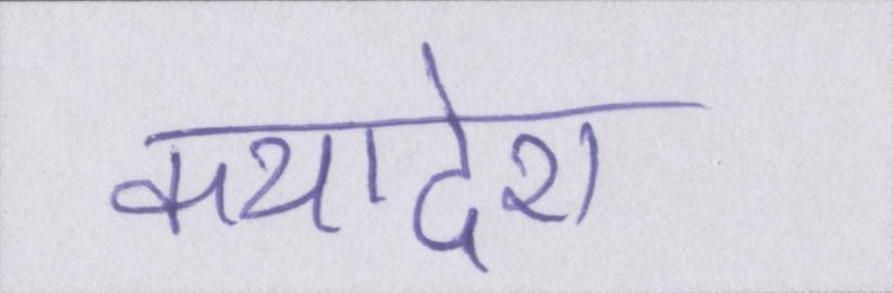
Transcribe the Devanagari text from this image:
कथादेश